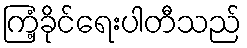
ကြံ့ခိုင်ရေးပါတီသည်